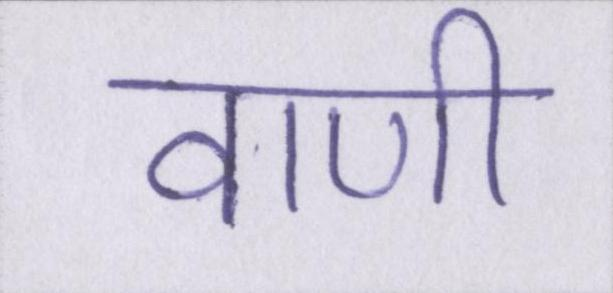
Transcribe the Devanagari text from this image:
वाणी